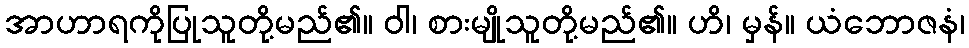
အာဟာရကိုပြုသူတို့မည်၏။ ဝါ၊ စားမျိုသူတို့မည်၏။ ဟိ၊ မှန်။ ယံဘောဇနံ၊